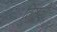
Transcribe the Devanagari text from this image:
तिष्ठती